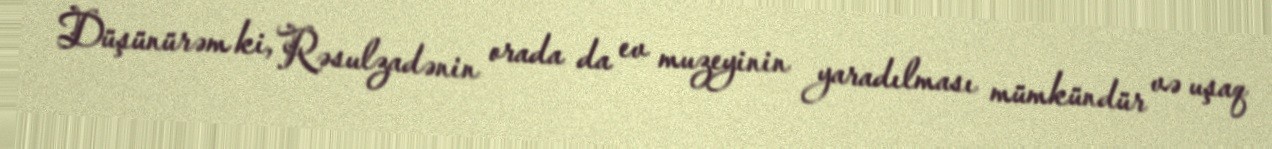
Düşünürəm ki, Rəsulzadənin orada da ev muzeyinin yaradılması mümkündür və uşaq